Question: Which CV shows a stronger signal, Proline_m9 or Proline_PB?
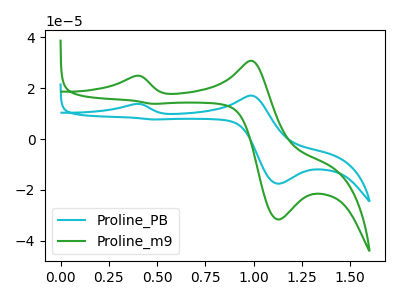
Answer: <think>The cyan curve "Proline_PB" has anodic peaks at (0.40V, 13.80uA) (1.00V, 17.10uA) and cathodic peaks at (1.15V, -17.55uA) (0.50V, 7.70uA). The green curve "Proline_m9" has anodic peaks at (0.40V, 24.80uA) (1.00V, 30.80uA) and cathodic peaks at (1.15V, -31.65uA) (0.50V, 13.85uA).
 All the peaks in "Proline_m9" have a peak in "Proline_PB" at the same potential.</think>
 <answer>I cant tell if "Proline_m9" or "Proline_PB" has more signal.</answer>
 <eval>mixed_signal</eval>